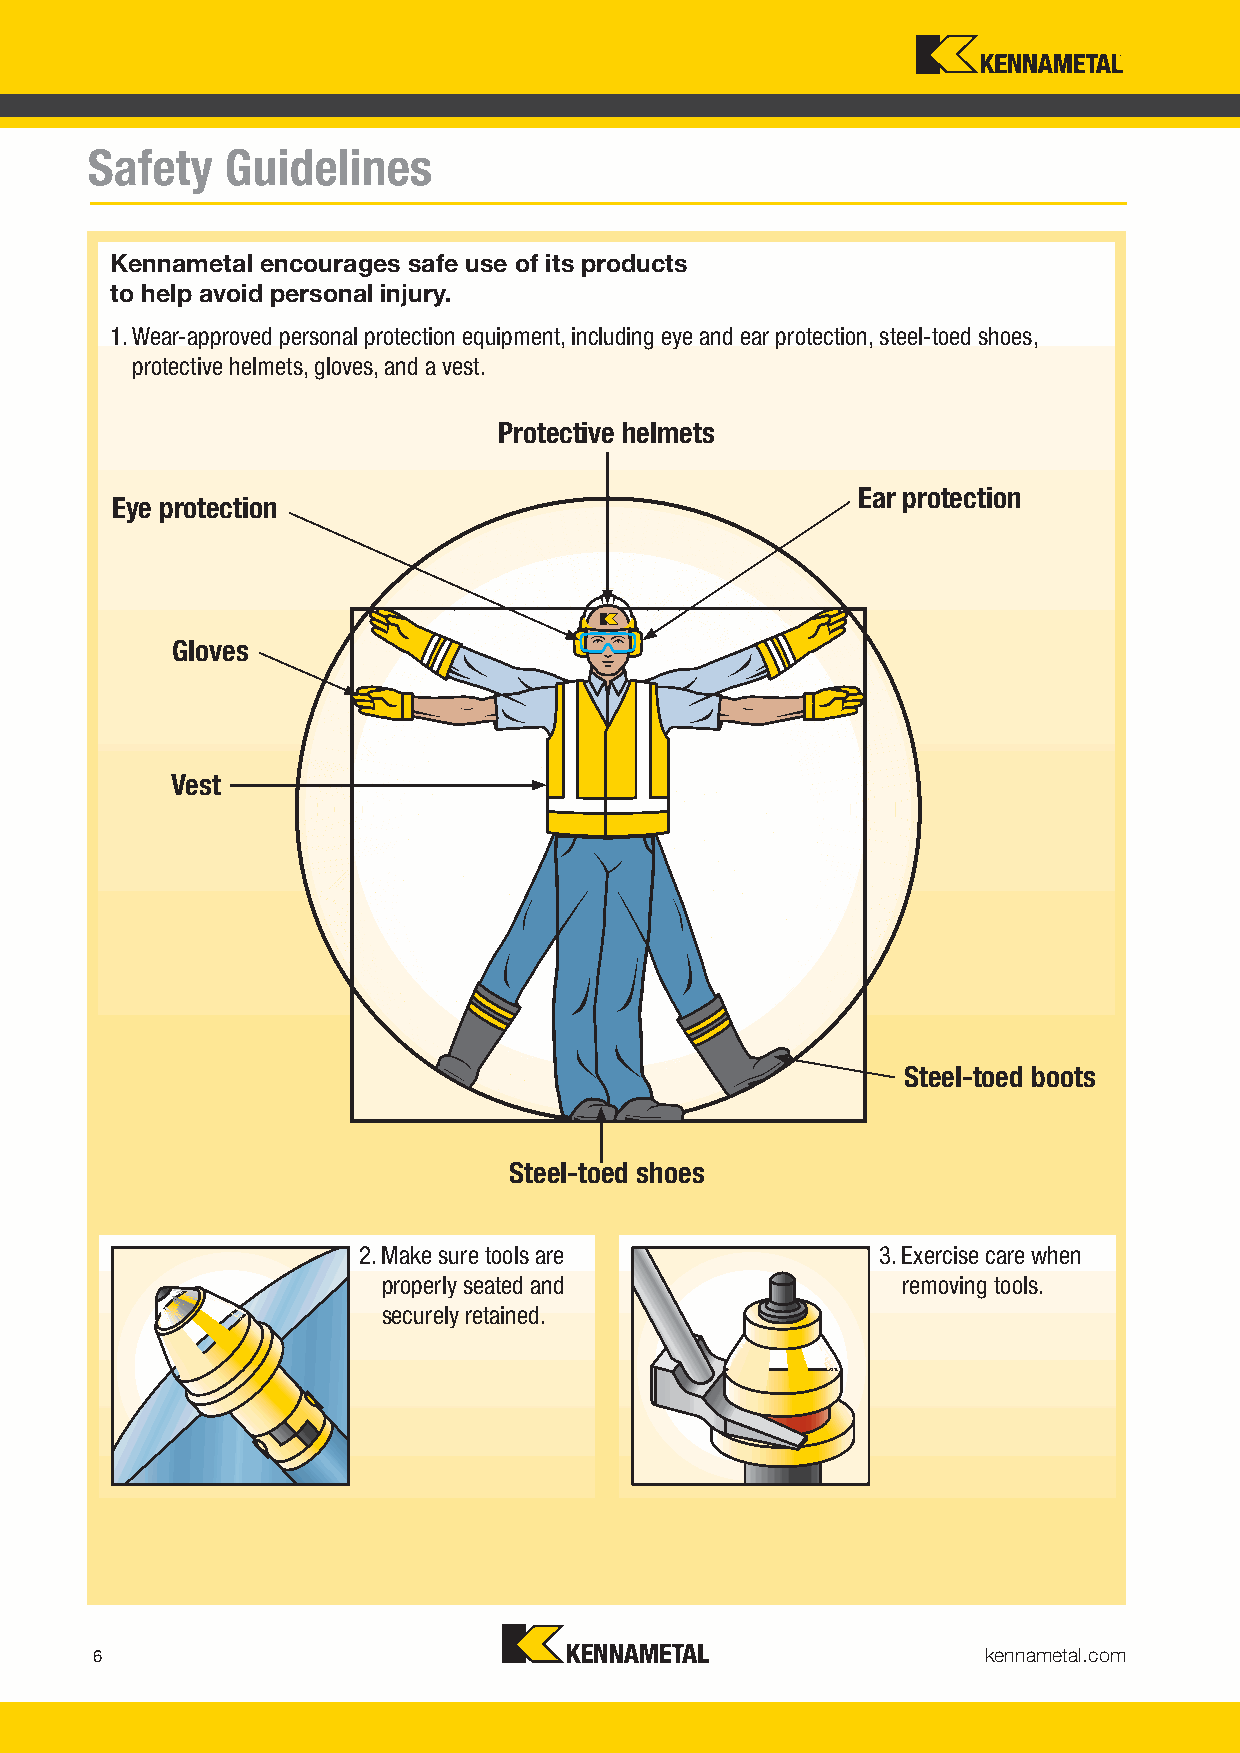
Safety   Guidelines
 Kennametal encourages safe use of its products
 to help avoid personal injury.
 1. Wear-approved personal protection equipment, including eye and ear protection, steel-toed shoes,
 protective helmets, gloves, and a vest.
 Protective helmets
 Ear protection
 Eye protection
 Gloves
 Vest
 Steel-toed boots
 Steel-toed shoes
 2. Make sure tools are            3. Exercise care when
 properly seated and                removing tools.
 securely retained.
 kennametal.com
 6
 KMT_FounLdation_DrillingV_2016i_CataKlogM_0T06F-007.inddd i6 Dilli 2016 C l 006 007O b 5 2016502PM 10/13/16 3:15 PM